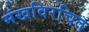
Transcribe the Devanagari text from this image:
मंखविरचित